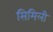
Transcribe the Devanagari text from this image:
सिमिली